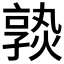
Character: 𡦦